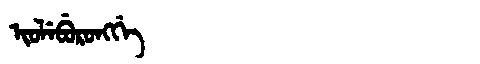
Manchu: ᡳᠣᠯᡝᠪᡠᡵᠣᠩᡤᡝ
Romanization: IOLEBURONGGE